Civil Veterinary Department. United Provinces 1932-42 - 1932-1942
Year: 1932
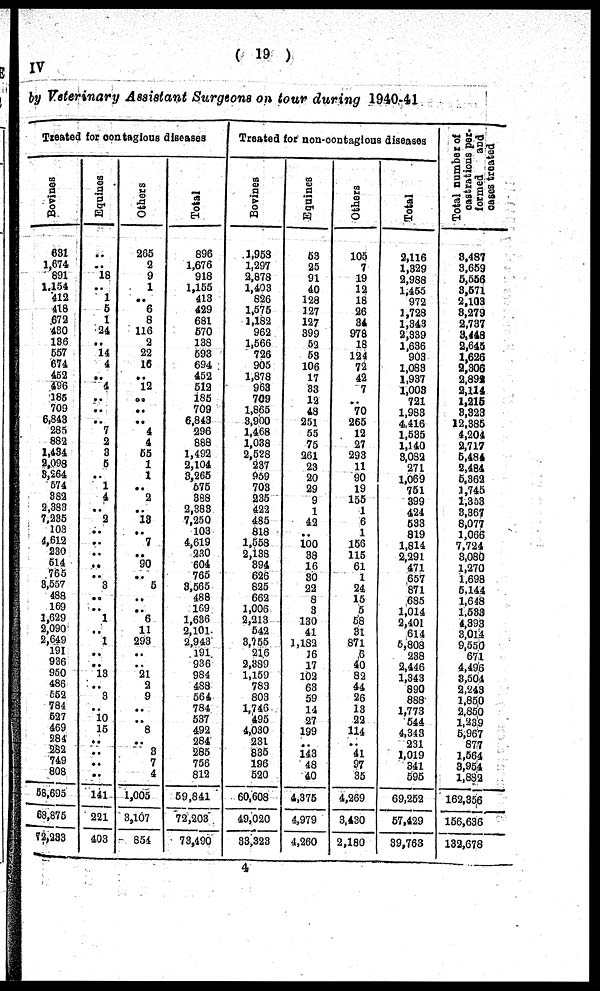
( 19 )
IV
by Veterinary Assistant Surgeons on tour during 1940-41
Treated for contagious diseases
Bovinces
631
1,674
891
1,154
412
418
672
430
136
557
674
452
496
185
709
6,843
285
882
1,434
2,098
8,264
574
382
2,383
7,235
103
4,612
230
514
765
3,557
488
169
1,629
2,090
2,649
191
936
950
486
552
784
527
469
584
282
749
808
58,695
68,875
72,233
Equines
..
..
18
..
1
5
1
24
..
14
4
..
4
..
..
..
7
2
3
5
..
1
4
..
2
..
..
..
..
..
3
..
..
1
..
1
..
..
13
..
3
..
10
15
..
..
..
..
141
221
493
Others
265
2
9
1
..
6
8
116
2
22
16
..
12
..
..
..
4
4
55
1
1
..
2
..
13
..
7
..
90
..
5
..
..
6
11
293
..
..
21
2
9
..
..
8
..
3
7
4
1,005
3,107
854
Total
896
1,676
918
1,155
413
429
681
570
138
593
694
452
512
185
709
6,843
296
888
1,492
2,104
3,265
575
338
2,383
7,250
103
4,619
230
604
765
3,565
488
169
1,636
2,101
2,943
191
936
984
488
564
784
537
492
284
285
756
812
59,841
72,203
73,490
Treated for non-contagious diseases
Bovines
1,958
1,297
2,878
1,403
826
1,575
1,182
962
1,566
726
905
1,878
963
709
1,865
3,900
1,468
1,038
2,528
237
959
703
235
422
485
818
1,558
2,138
394
626
825
662
1,006
2,213
542
3,755
216
2,339
1,159
783
803
1,746
495
4,030
231
835
196
520
60,608
49,020
33,323
Equines
53
25
91
40
128
127
127
399
52
53
106
17
33
12
48
251
55
75
261
23
20
29
9
1
42
..
100
38
16
30
22
8
3
130
41
1,182
16
17
102
63
59
14
27
199
..
143
48
40
4,375
4,979
4,260
Others
105
7
19
12
18
26
34
978
18
124
72
42
7
..
70
265
12
27
293
11
90
19
155
1
6
1
156
115
61
1
24
15
5
58
31
871
6
40
82
44
26
13
22
114
..
41
97
35
4,269
3,430
2,180
Total
2,116
1,329
2,988
1,455
972
1,728
1,343
2,339
1,636
903
1,083
1,937
1,003
721
1,983
4,416
1,535
1,140
3,082
271
1,069
751
399
424
533
819
1,814
2,291
471
657
871
685
1,014
2,401
614
5,808
238
2,446
1,343
890
888
1,773
544
4,343
231
1,019
341
595
69,252
57,429
39,763
Total number of
castrations per-
formed
and
cases treated
3,487
3,659
5,556
3,571
2,103
3,279
2,737
3,448
2,645
1,626
2,306
2,892
2,114
1,218
8,323
12,385
4,204
2,717
5,484
2,484
5,362
1,745
1,353
3,367
8,077
1,066
7,724
3,080
1,270
1,698
6,144
1,648
1,533
4,393
3,014
9,550
671
4,496
3,504
2,243
1,850
2,850
1,239
5,967
877
1,564
3,954
1,882
162,356
156,636
132,678
4